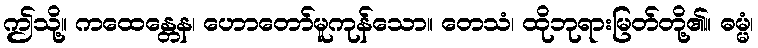
ဤသို့။ ကထေန္တေန၊ ဟောတော်မူကုန်သော။ တေသံ၊ ထိုဘုရားမြတ်တို့၏။ ဓမ္မံ၊